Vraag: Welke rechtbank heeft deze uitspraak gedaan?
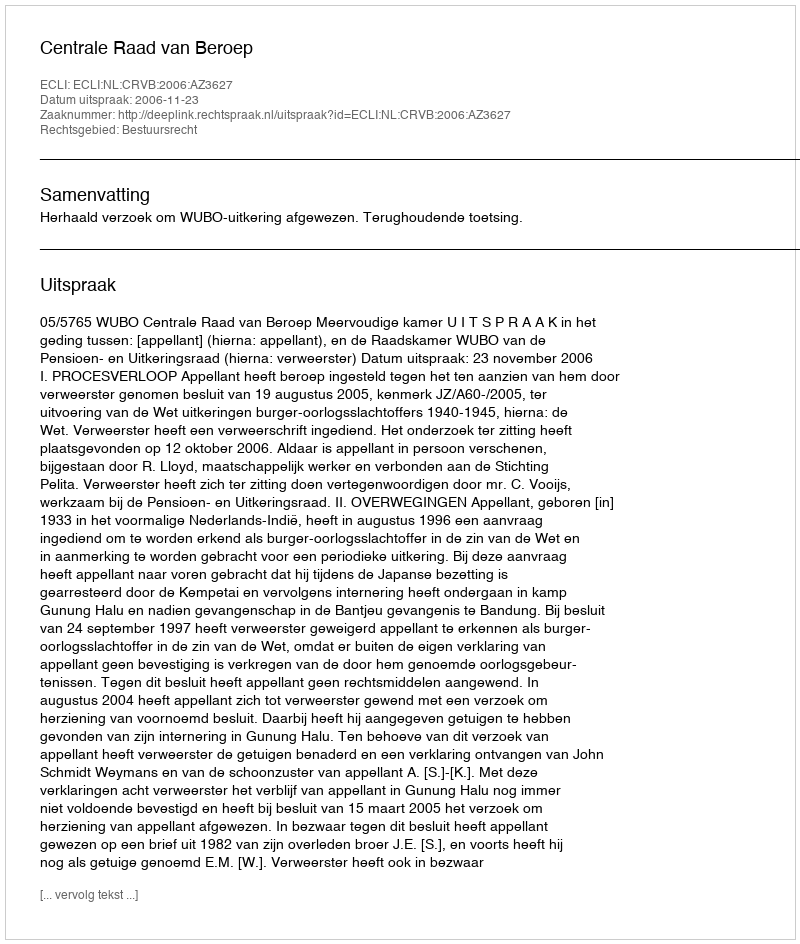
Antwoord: Centrale Raad van Beroep